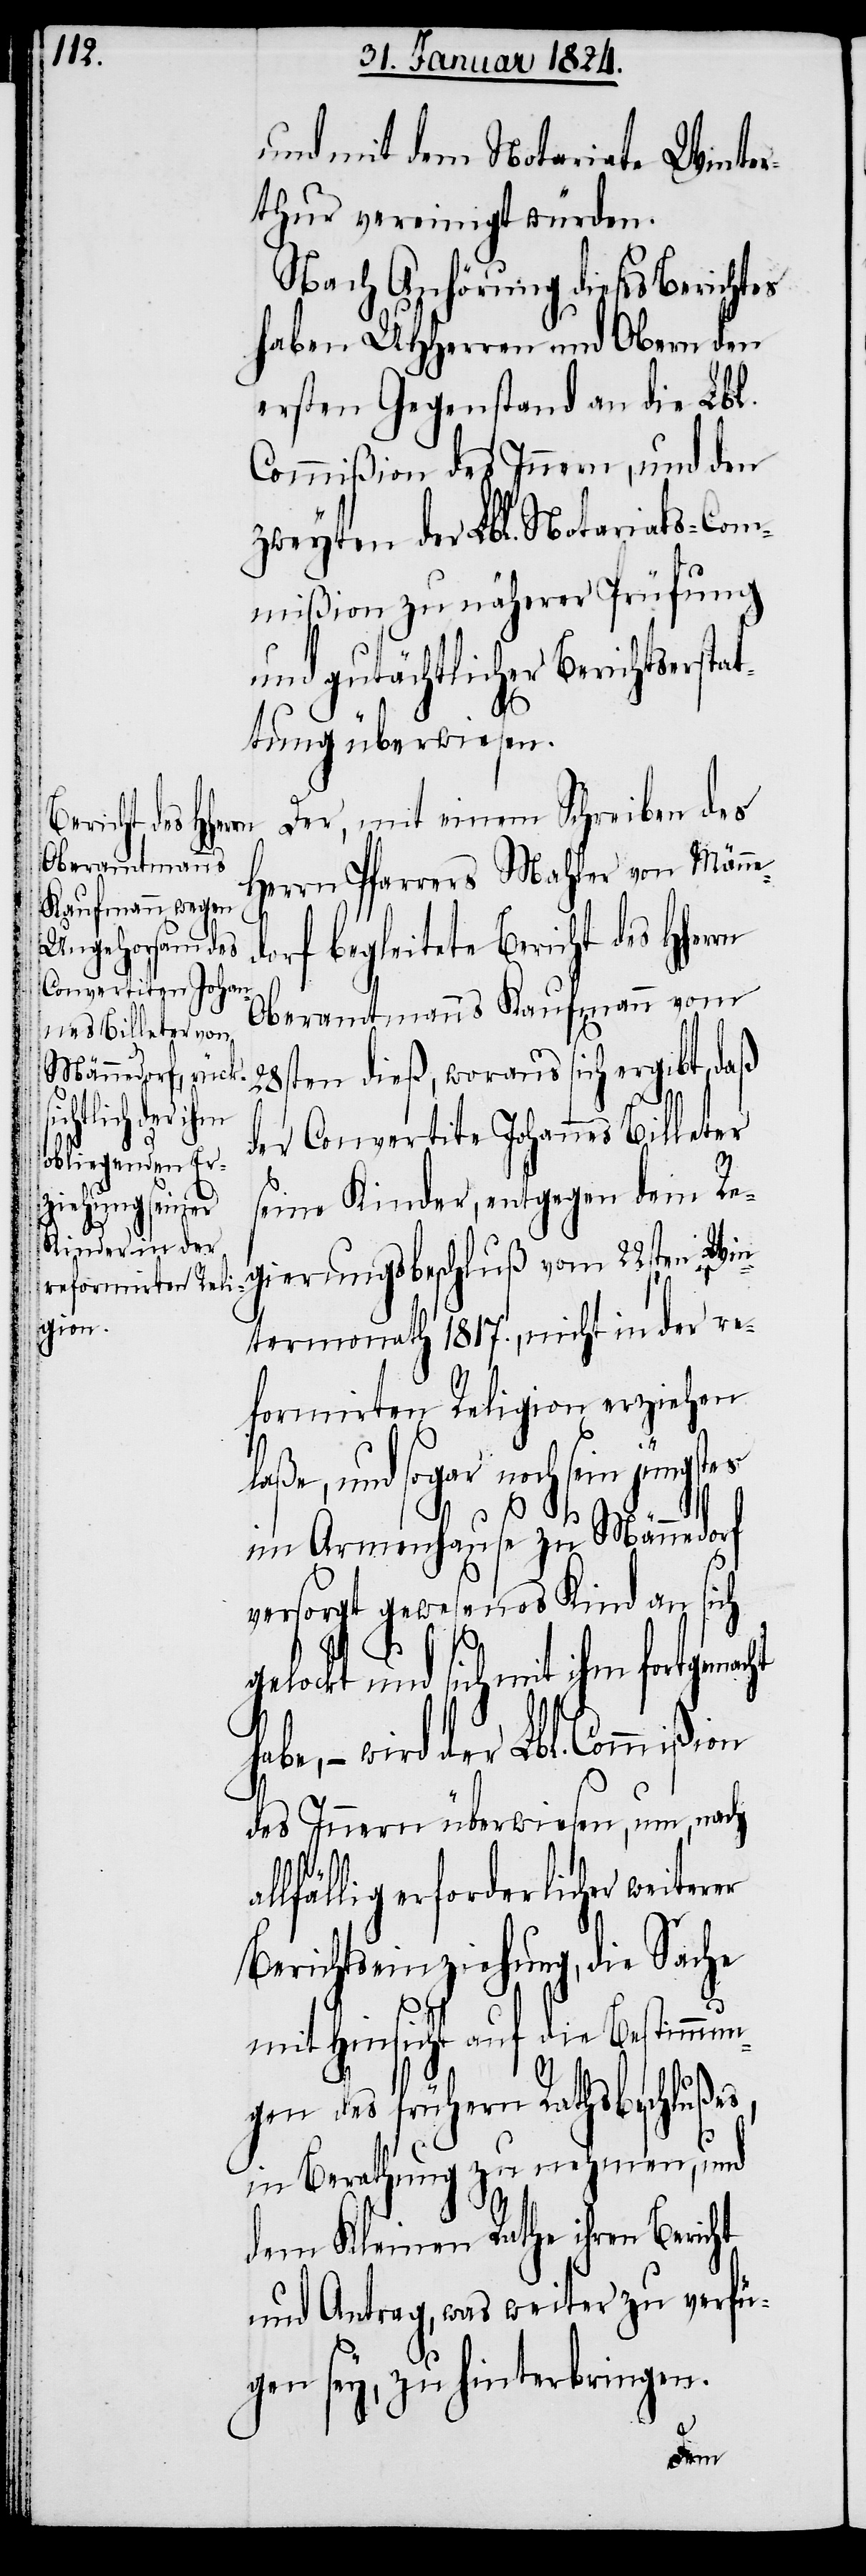
und mit dem Notariate Winter¬
thur vereinigt würden.
Nach Anhörung dieses Berichtes
haben UHHerren und Obern den
ersten Gegenstand an die Lbl.
Commißion des Innern, und den
zweyten der Lbl. Notariats-Com¬
mißion zu näherer Prüfung
und gutächtlicher Berichtserstat¬
tung überwiesen.
Der, mit einem Schreiben des
Herrn Pfarrers Mahler von Männ¬
rf begleitete Bericht des HHer¬
Oberamtmanns Kaufmann vom
28sten dieß, woraus sich ergibt, daß
der Convertite Johannes Billeter
seine Kinder, entgegen den Re¬
gierungsbeschluß vom 22ten Win¬
termonath 1817., nicht in der re¬
formirten Religion erziehen
laße, und sogar noch sein
im Armenhause zu Männedorf
versorgt gewesenes Kind an sich
gelockt und sich mit ihm fortgemacht
wird der Lbl. Commi¬
des Innern überwiesen, um, nach
lfällig erforderlicher weiter¬
Berichtseinziehung, die Sache
mit Hinsicht auf die Bestimmu¬
ngen des frühern Rathsbeschluß¬
in Berathung zu nehmen, und
dem Kleinen Rathe ihren Bericht
und Antrag, was weiter zu verfü¬
gen sey, zu hinterbringen.
es,